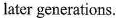
later generations.